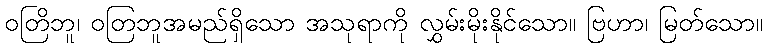
ဝတြိဘူ၊ ဝတြဘူအမည်ရှိသော အသုရာကို လွှမ်းမိုးနိုင်သော။ ဗြဟာ၊ မြတ်သော။